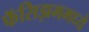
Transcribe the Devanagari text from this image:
फॅसिझममध्ये